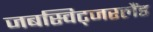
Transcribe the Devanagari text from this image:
जबस्विट्जरलैंड